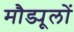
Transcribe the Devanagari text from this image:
मौड्यूलों